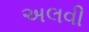
અલવી